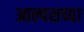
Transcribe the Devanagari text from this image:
आल्पसच्या